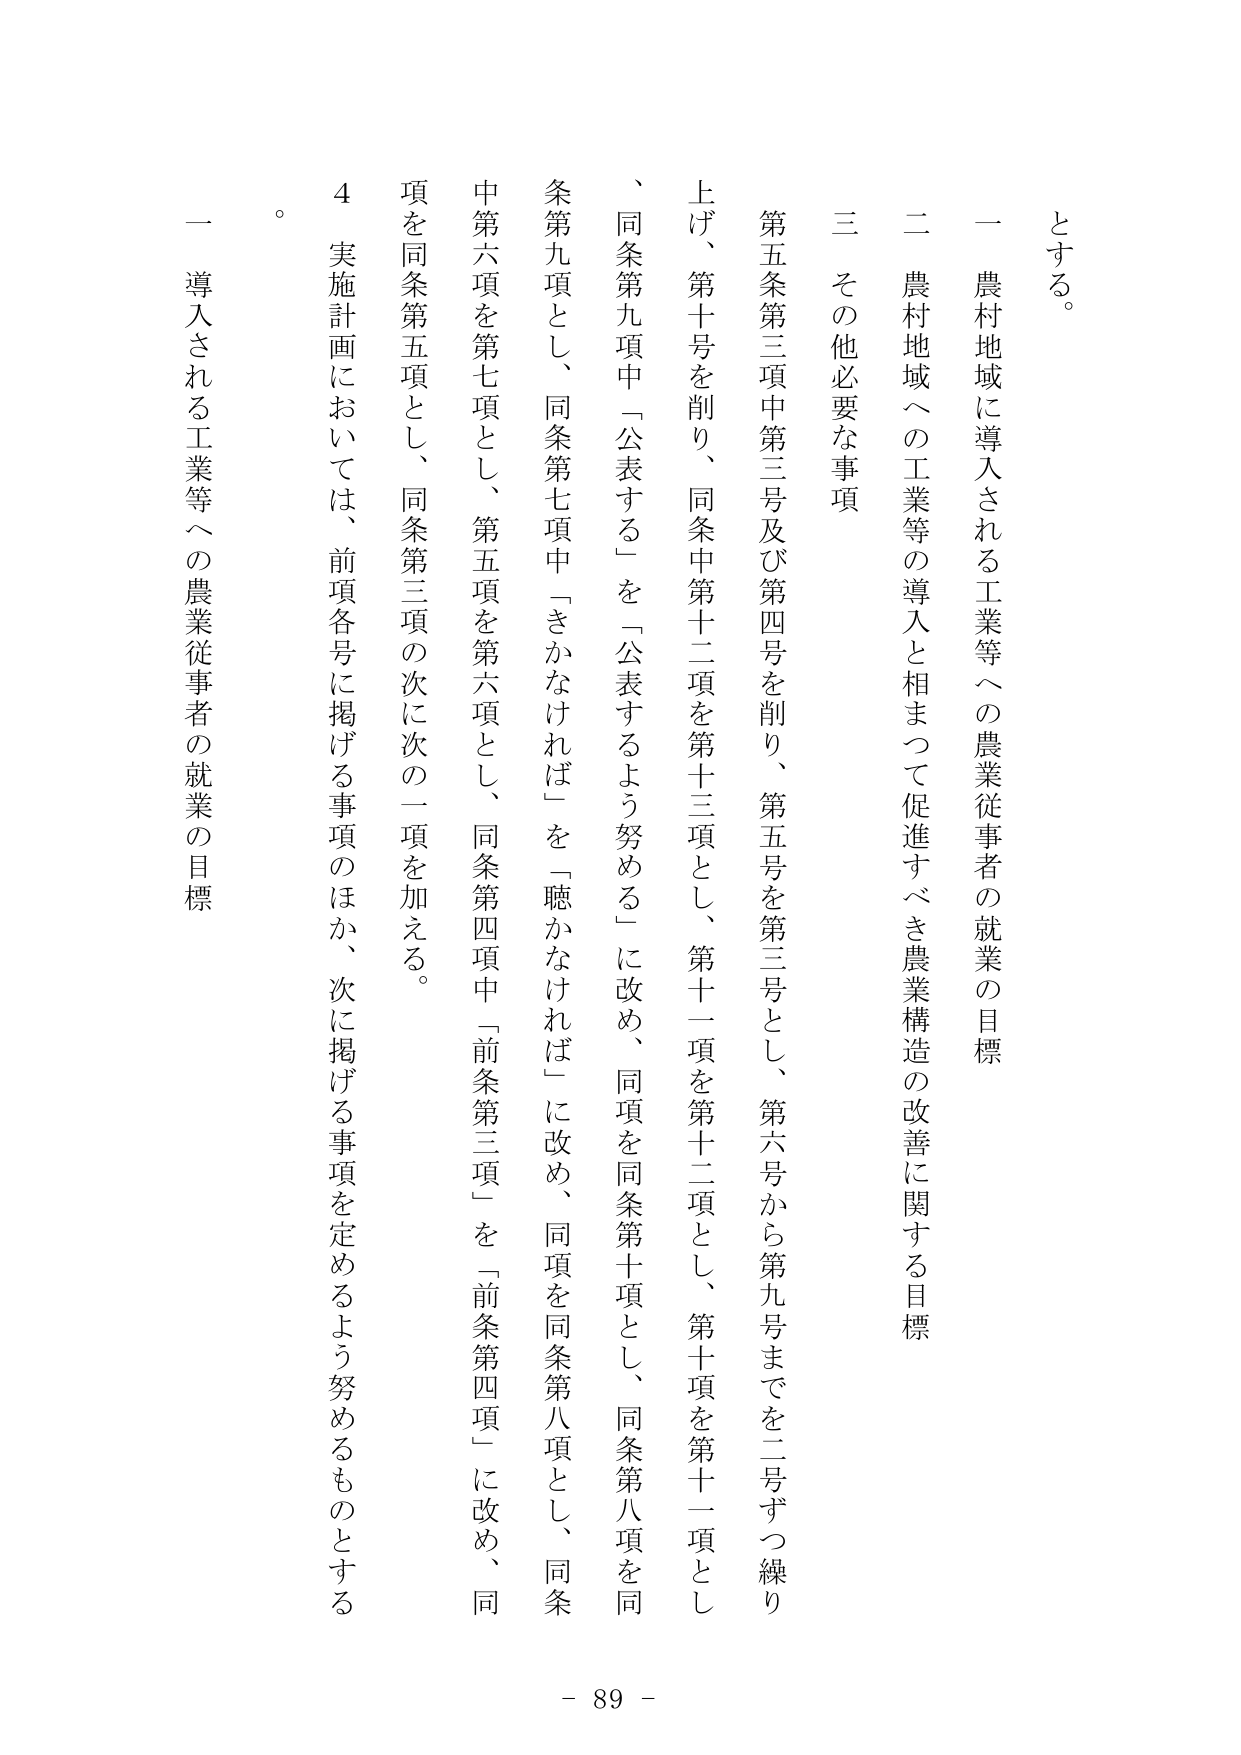
とする。

一 農村地域に導入される工業等への農業従事者の就業の目標

二 農村地域への工業等の導入と相まって促進すべき農業構造の改善に関する目標

三 その他必要な事項

第五条第三項中第三号及び第四号を削り、第五号を第三号とし、第六号から第九号までを二号ずつ繰り上げ、第十号を削り、同条中第十二項を第十三項とし、第十一項を第十二項とし、第十項を第十一項とし、同条第九項中「公表する」を「公表するよう努める」に改め、同項を同条第十項とし、同条第八項を同条第九項とし、同条第七項中「きかなければ」を「聴かなければ」に改め、同項を同条第八項とし、同条中第六項を第七項とし、第五項を第六項とし、同条第四項中「前条第三項」を「前条第四項」に改め、同項を同条第五項とし、同条第三項の次に次の一項を加える。

４ 実施計画においては、前項各号に掲げる事項のほか、次に掲げる事項を定めるよう努めるものとする。

一 導入される工業等への農業従事者の就業の目標

- 89 -